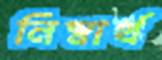
নিস্বার্থ